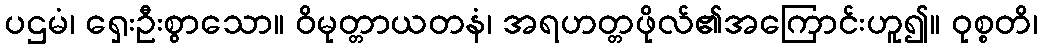
ပဌမံ၊ ရှေးဦးစွာသော။ ဝိမုတ္တာယတနံ၊ အရဟတ္တဖိုလ်၏အကြောင်းဟူ၍။ ဝုစ္စတိ၊